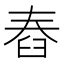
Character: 舂